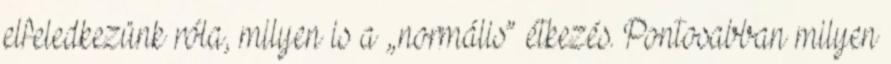
elfeledkezünk róla, milyen is a „normális” étkezés. Pontosabban milyen